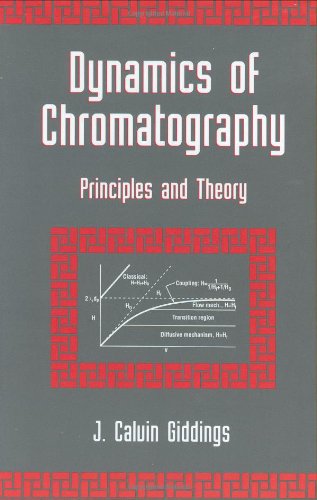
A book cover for Dynamics of Chromatography: Principles and Theory (Chromatographic Science Series) (Pt. 1); J. Calvin Giddings; Science & Math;